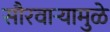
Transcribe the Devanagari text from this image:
सौरवार्‍यामुळे